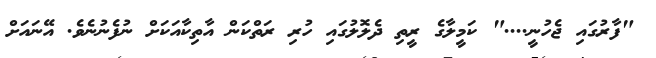
"ފާރުގައި ޖެހުނީ...." ކަމީލާގެ ރީތި ދެލޮލުގައި ހުރި ރަތްކަން އާތިކާއަކަށް ނުފެނުނެވެ. އޭނައަށް